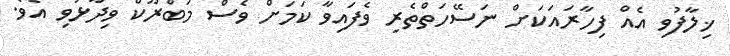
ޚިލާފުވި އެއް ފިހާރައަކަށް ނަސޭހަތްތެރި ވެފައިވާ ކަމަށް ވެސް މަބްރޫކް ވިދާޅުވި އެވެ.